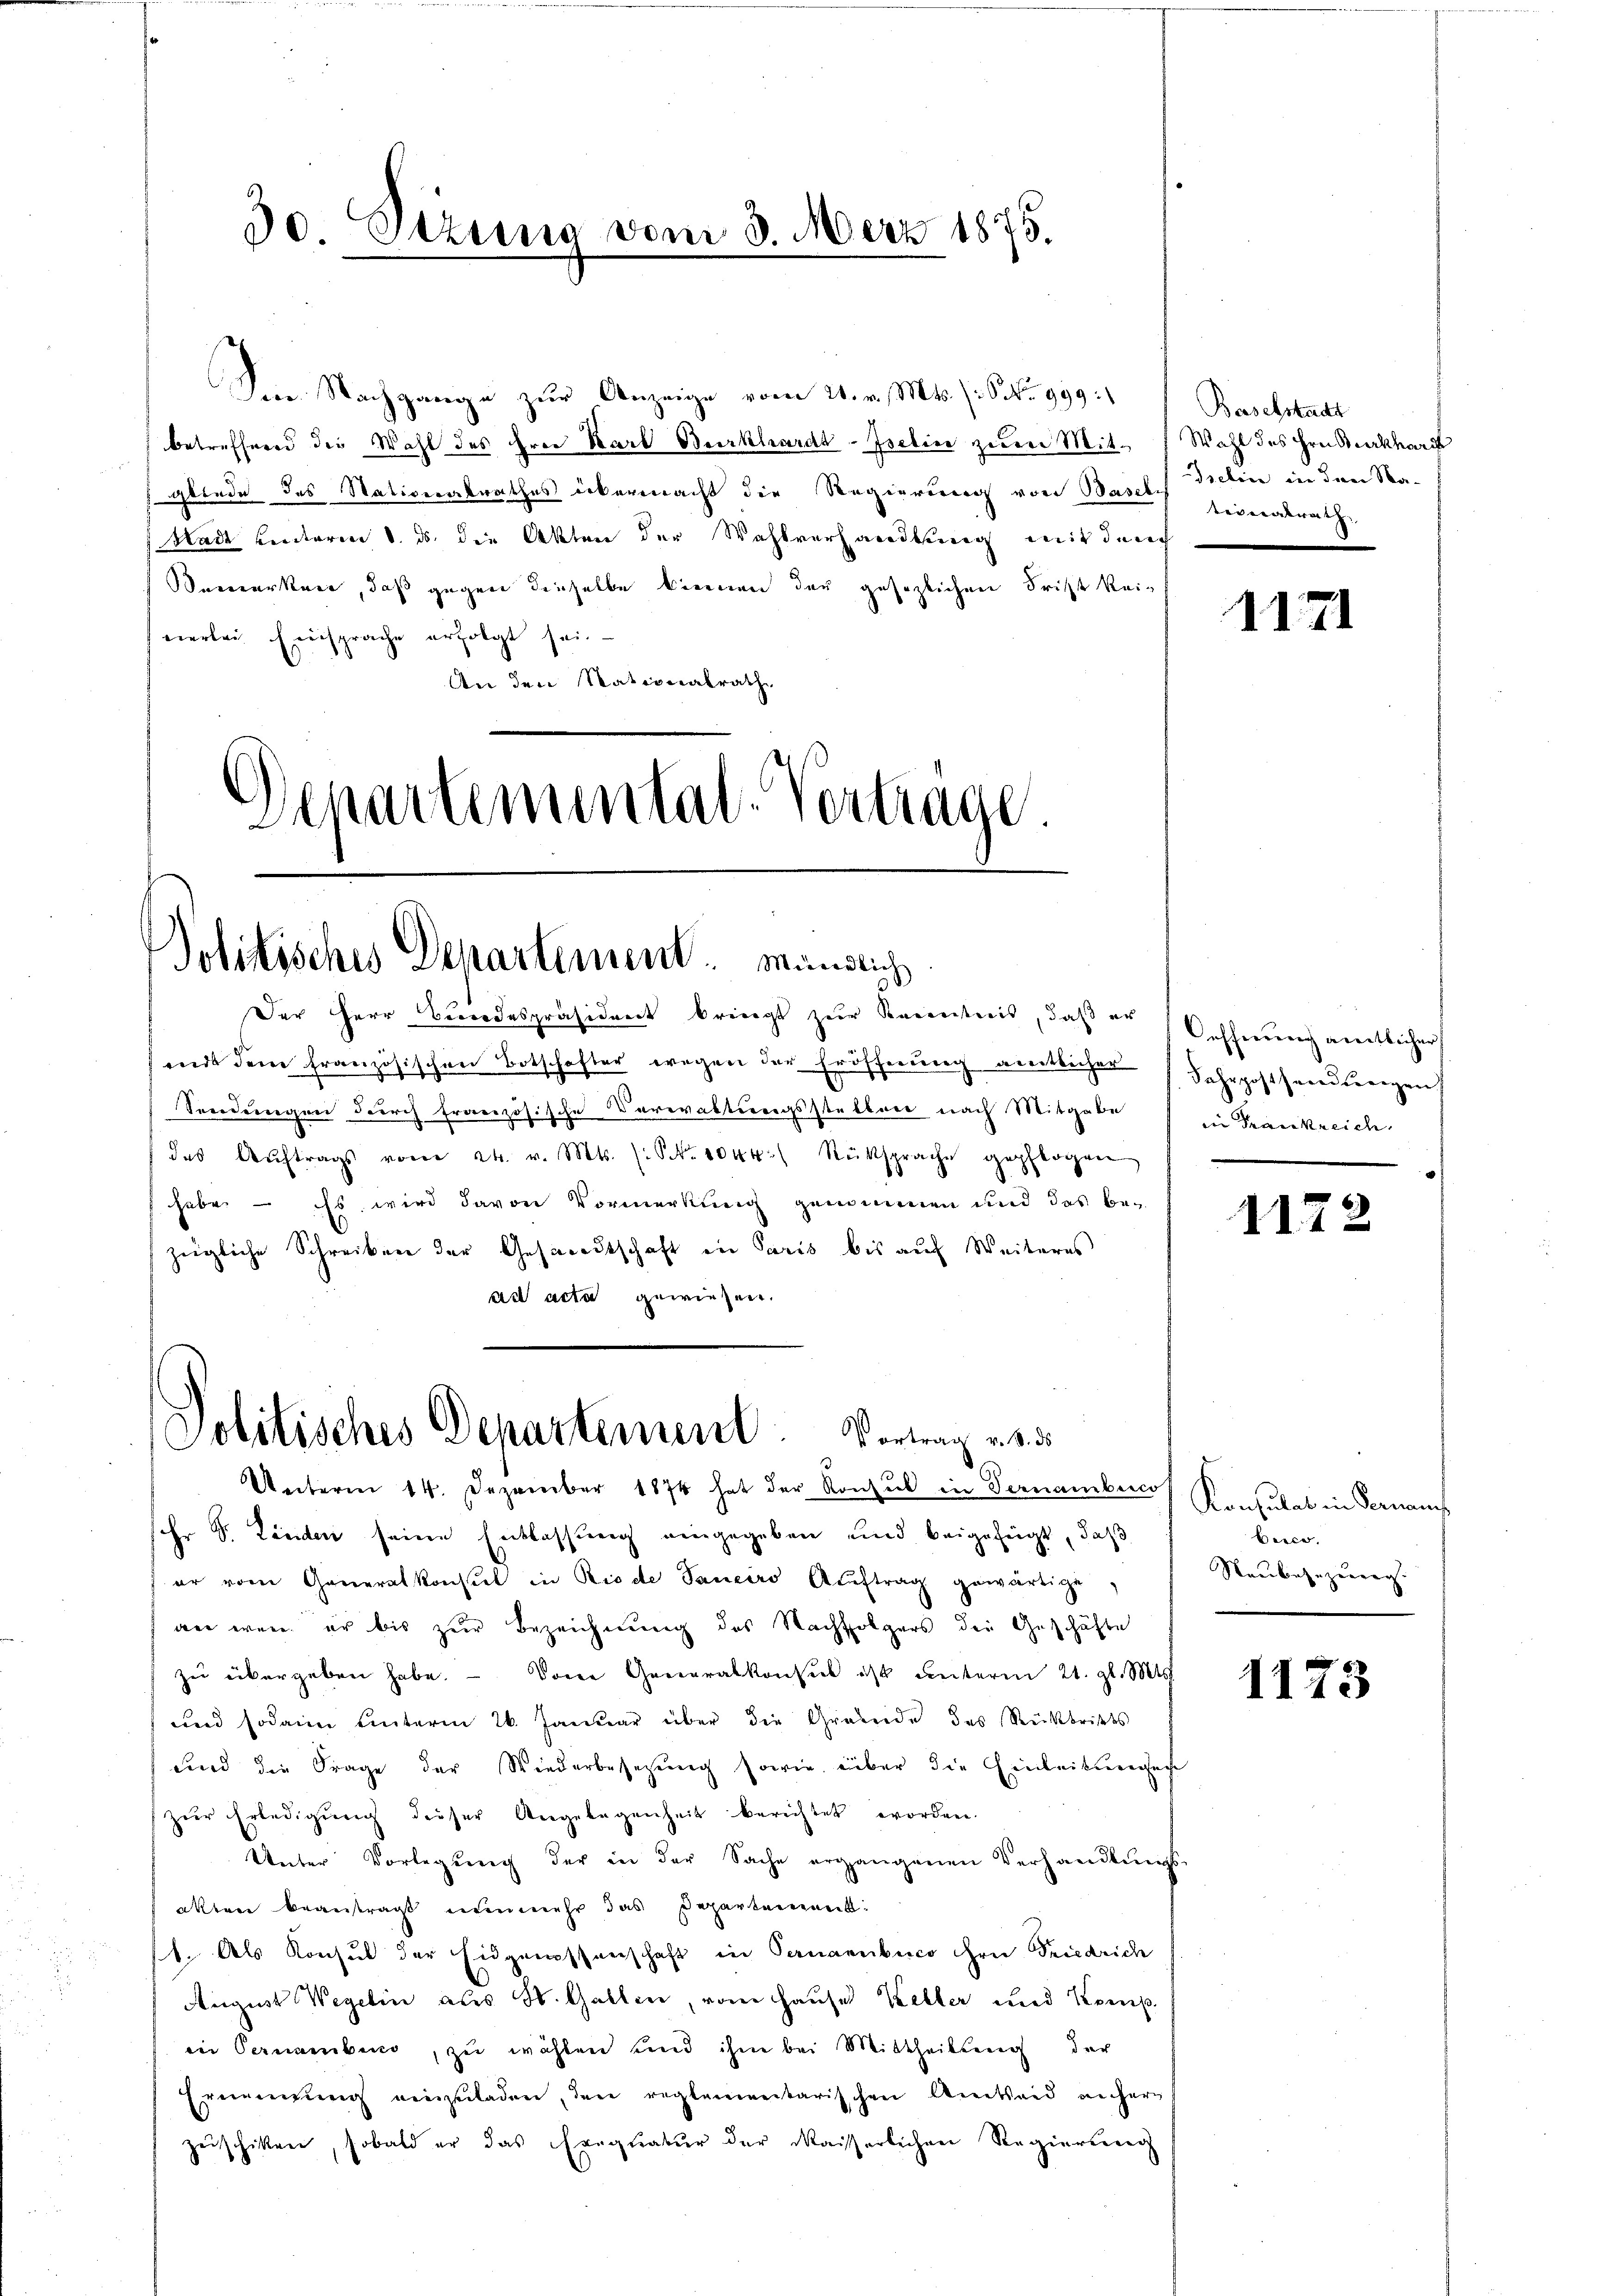
Im Nachgange zur Anzeige vom 21. v. Mts. s. S. Nr. 999.)
betreffend die Wahl des Erer Karl Burkhardt-Iselin zum Mit- Wahl des Hrn. Seckhard
sgliede des Nativeratrathes übermacht die Regierung von Basels Delin in den Na¬
Stadt hinterm 1. ds. die Akten der Wahlverhandlung mit durch
Bemerken, daß gegen dieselbe können der gesezlichen Frist keieierlei Einsprache erfolgt sei.
An den Nationalrath

30 Dezung vom 3. März 1875.

Departemental-Vertrage.

mit dem französischen Botschafter wegen der Eröscherung amtlicher
Sendungen durch französische Verwaltungsstellen nach Mitgabe
des Aŭftrags vom 24. v. Mts. (S. 1044 Rüksprache gepflogen
habe. - Es wird davon Vormerkung genommen und das be-
zügliche Schreiben der Gesandtschaft in Paris bis auf Weiteres
ad acta gewiesen.

Politisches Departement. Mündlich
Der Herr Bundespräsident bringt zur Karentnis, daß er

Politisches Departement. Vortrag v. 5.

Unterm 14. Dezember 1874 hat der Konsul in Vernambenco
sihr S. Länden seine Entlassung eingegeben und beigefügt, daß
f er vom Generalkonsul in Riede Sanciro Aŭftrag gewärtige,
an wenn er bis zur Bezeichnung des Nachfolgers die Geschäfte
zŭ übergeben habe. Vom Generalkonsul ist unterm 21. gl. Mts.
und sodann unterm 26. Janŭar über die Gründe das Senkbritts
und die Frage der Wiederbesetzung sowie über die Einleitungen
zur Erledigung dieser Angelegenheit berichtet worden.
Unter Vorlegŭng der in der Sache ergangenen Verhandlŭngs-
alten beantragt nunmehr das Departement:
/1. Als Konsul der Eidgenossenschaft in Pernanubuco ihre Friedrich
August Wegelin aus St. Gallen, vom Hauses Keller und Komp.
in Pernambend, zŭ wählen und ihm bei Mittheilung der
Ernennung einzuladen, den reglementarischen Amtseid unser
zeschiken, sobald er das Exequatur der Waiserlichen Regierung

Baselstadt
tionalrath

1171

afherrenz aneitlicher
Fahrposthandlegen
in Frankreich

1125

.

Konsulat in Verans
berce.
Raubesezung.

1173